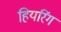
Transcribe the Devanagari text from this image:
हियरिंग